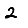
Digit: 2